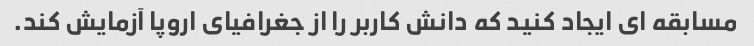
مسابقه ای ایجاد کنید که دانش کاربر را از جغرافیای اروپا آزمایش کند.